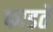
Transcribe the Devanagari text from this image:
फाडते